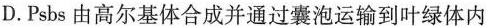
D.Psbs由高尔基体合成并通过囊泡运输到叶绿体内